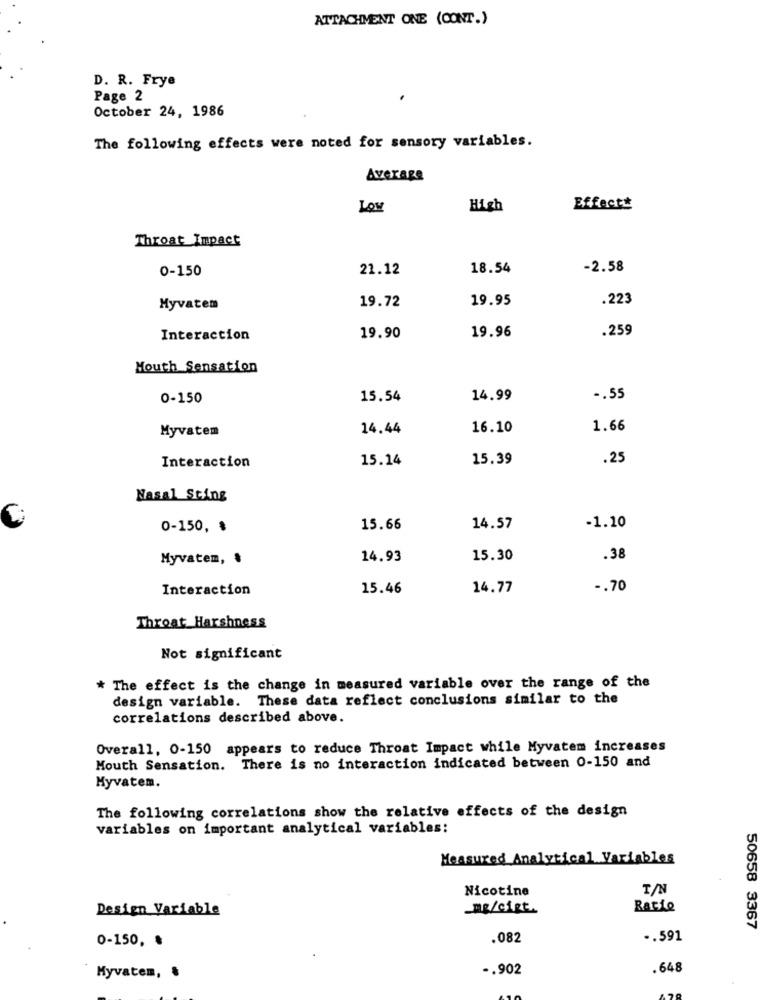
ATTACHMENT ONE (CONT.)
D. R. Frye
Page 2
.
October 24, 1986
The following effects were noted for sensory variables.
Average
LOW
High
Effect#
Throat Impact
0-150
21.12
18.54
-2.58
19.95
.223
Myvatem
19.72
.259
Interaction
19.90
19.96
Mouth Sensation
0-150
15.54
14.99
-. 55
Myvatem
14.44
16.10
1.66
15.14
15.39
.25
Interaction
Nasal Sting
-1.10
0-150, $
15.66
14.57
Myvatem, .
14.93
15.30
.38
Interaction
15.46
14.77
-. 70
Throat Harshness
Not significant
* The effect is the change in measured variable over the range of the
design variable. These data reflect conclusions similar to the
correlations described above.
Overall, 0-150 appears to reduce Throat Impact while Myvatem increases
Mouth Sensation. There is no interaction indicated between 0-150 and
Myvatem.
The following correlations show the relative effects of the design
variables on important analytical variables:
Measured Analytical Variables
Nicotine
T/N
Design Variable
_mg/cigt.
RAGLO
50658 3367
0-150, ៛
.082
.. 591
-. 902
.648
Myvatem, .